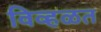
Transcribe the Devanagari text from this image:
विव्हळत